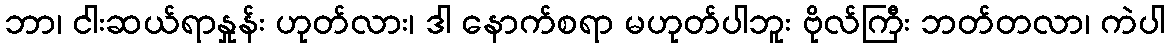
ဘာ၊ ငါးဆယ်ရာနှုန်း ဟုတ်လား၊ ဒါ နောက်စရာ မဟုတ်ပါဘူး ဗိုလ်ကြီး ဘတ်တလာ၊ ကဲပါ